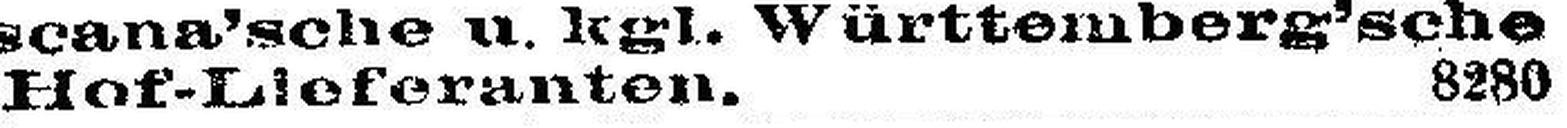
Hof-Lieferanten. 8280